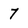
Character: 7